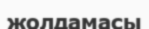
жолдамасы